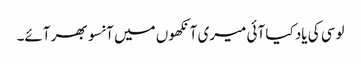
لوسی کی یاد کیا آئی میری آنکھوں میں آنسو بھر آئے۔